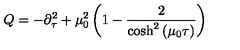
Q = - \partial _ { \tau } ^ { 2 } + \mu _ { 0 } ^ { 2 } \left( 1 - \frac { 2 } { \cosh ^ { 2 } \left( \mu _ { 0 } \tau \right) } \right)